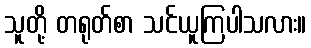
သူတို့ တရုတ်စာ သင်ယူကြပါသလား။